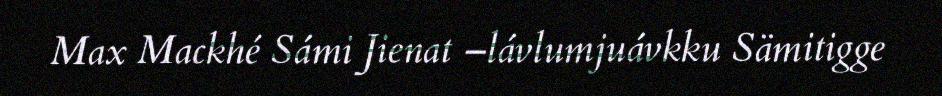
Max Mackhé Sámi Jienat –lávlumjuávkku Sämitigge